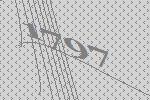
1797